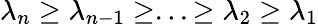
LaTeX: \lambda_{n}\geq\lambda_{n-1}\geq...\geq\lambda_{2}\geq\lambda_{1}